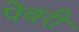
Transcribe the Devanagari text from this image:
पेवरी